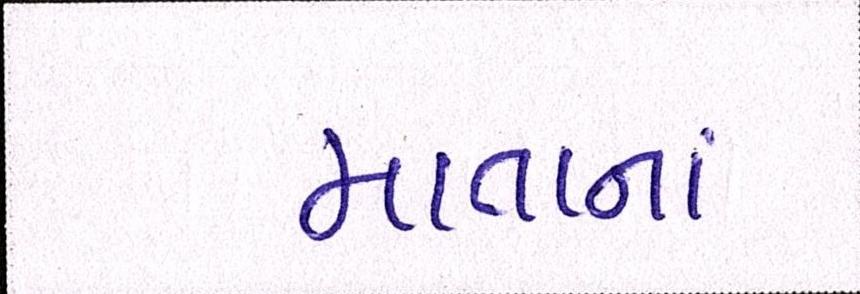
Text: માતાનાં